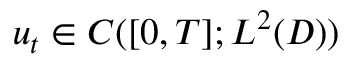
u _ { t } \in C ( [ 0 , T ] ; L ^ { 2 } ( D ) )